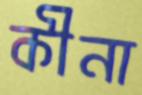
কীনা